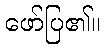
ဖော်ပြ၏။